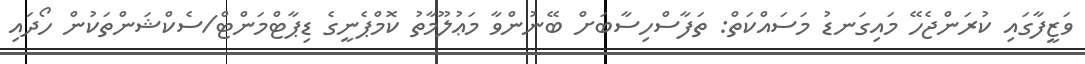
ވަޒީފާގައި ކުރަންޖެހޭ މައިގަނޑު މަސައްކަތް: ތަފާސްހިސާބަށް ބޭނުންވާ މަޢުލޫމާތު ކޮމްޕެނީގެ ޑިޕާޓްމަންޓް/ސެކްޝަންތަކުން ހޯދައި